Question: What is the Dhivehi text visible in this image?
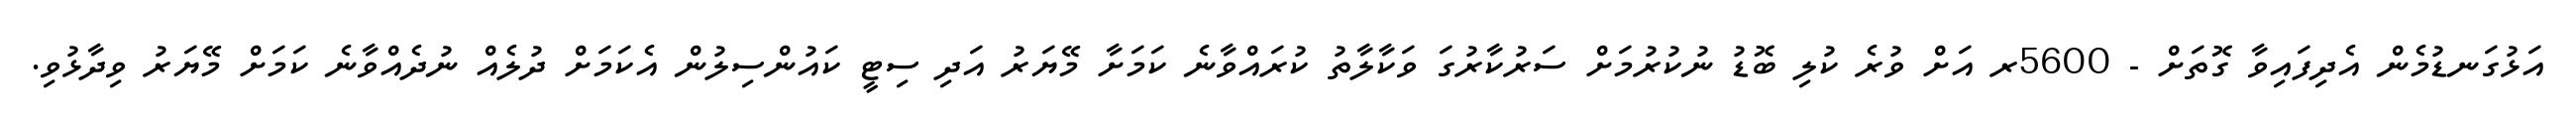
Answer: އަޅުގަނޑުމެން އެދިފައިވާ ގޮތަށް - 5600ރ އަށް ވުރެ ކުލި ބޮޑު ނުކުރުމަށް ސަރުކާރުގަ ވަކާލާތު ކުރައްވާނެ ކަމަށާ މޭޔަރު އަދި ސިޓީ ކައުންސިލުން އެކަމަށް ދުލެއް ނުދެއްވާނެ ކަމަށް މޭޔަރު ވިދާޅުވި.